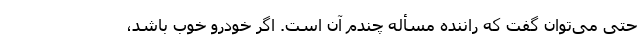
حتی می‌توان گفت که راننده مسأله چندم آن است. اگر خودرو خوب باشد،